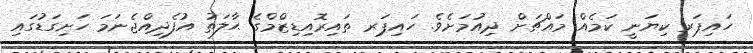
ހައިޕަރ ކިޔަނީ ކަމެއް މައްޗަށް ދިއުމަށެވެ. ހައިޕަރ ތައިރޮއިޑިޒްމްގެ ޙާލަތު އުފެދިއްޖެނަމަ ހަށިގަޑުގައި